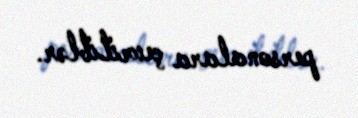
personalara çevriliblər.